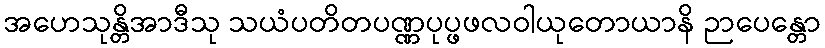
အဟေသုန္တိအာဒီသု သယံပတိတပဏ္ဏပုပ္ဖဖလဝါယုတောယာနိ ဉာပေန္တော